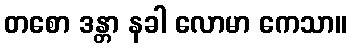
တစော ဒန္တာ နခါ လောမာ ကေသာ။